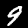
Digit: 9